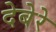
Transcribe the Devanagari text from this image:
देबेरे